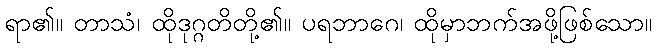
ရာ၏။ တာသံ၊ ထိုဒုဂ္ဂတိတို့၏။ ပရဘာဂေ၊ ထိုမှာဘက်အဖို့ဖြစ်သော။